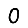
Digit: 0